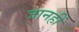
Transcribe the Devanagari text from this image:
जानहीं